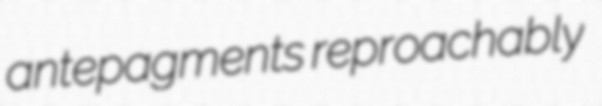
antepagments reproachably